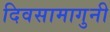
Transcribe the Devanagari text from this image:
दिवसामागुनी